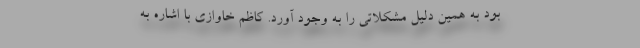
بود به همین دلیل مشکلاتی را به وجود آورد. کاظم خاوازی با اشاره به